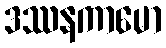
ဒဿနကာမော